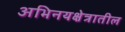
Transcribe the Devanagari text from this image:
अभिनयक्षेत्रातील